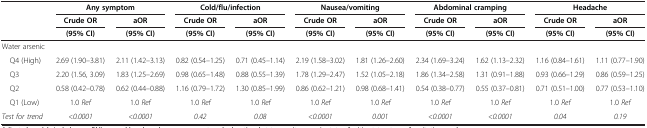
<table><thead><tr><td><b> </b></td><td colspan="2"><b>Any symptom</b></td><td colspan="2"><b>Cold/flu/infection</b></td><td colspan="2"><b>Nausea/vomiting</b></td><td colspan="2"><b>Abdominal cramping</b></td><td colspan="2"><b>Headache</b></td></tr><tr><td rowspan="2"><b> </b></td><td><b>Crude OR</b></td><td><b>aOR</b></td><td><b>Crude OR</b></td><td><b>aOR</b></td><td><b>Crude OR</b></td><td><b>aOR</b></td><td><b>Crude OR</b></td><td><b>aOR</b></td><td><b>Crude OR</b></td><td><b>aOR</b></td></tr><tr><td><b>(95% CI)</b></td><td><b>(95% CI)</b></td><td><b>(95% CI)</b></td><td><b>(95% CI)</b></td><td><b>(95% CI)</b></td><td><b>(95% CI)</b></td><td><b>(95% CI)</b></td><td><b>(95% CI)</b></td><td><b>(95% CI)</b></td><td><b>(95% CI)</b></td></tr></thead><tbody><tr><td>Water arsenic</td><td> </td><td> </td><td> </td><td> </td><td> </td><td> </td><td> </td><td> </td><td> </td><td> </td></tr><tr><td> Q4 (High)</td><td>2.69 (1.90–3.81)</td><td>2.11 (1.42–3.13)</td><td>0.82 (0.54–1.25)</td><td>0.71 (0.45–1.14)</td><td>2.19 (1.58–3.02)</td><td>1.81 (1.26–2.60)</td><td>2.34 (1.69–3.24)</td><td>1.62 (1.13–2.32)</td><td>1.16 (0.84–1.61)</td><td>1.11 (0.77–1.90)</td></tr><tr><td> Q3</td><td>2.20 (1.56, 3.09)</td><td>1.83 (1.25–2.69)</td><td>0.98 (0.65–1.48)</td><td>0.88 (0.55–1.39)</td><td>1.78 (1.29–2.47)</td><td>1.52 (1.05–2.18)</td><td>1.86 (1.34–2.58)</td><td>1.31 (0.91–1.88)</td><td>0.93 (0.66–1.29)</td><td>0.86 (0.59–1.25)</td></tr><tr><td> Q2</td><td>0.58 (0.42–0.78)</td><td>0.62 (0.44–0.88)</td><td>1.16 (0.79–1.72)</td><td>1.30 (0.85–1.99)</td><td>0.86 (0.62–1.21)</td><td>0.98 (0.68–1.41)</td><td>0.54 (0.38–0.77)</td><td>0.55 (0.37–0.81)</td><td>0.71 (0.51–1.00)</td><td>0.77 (0.53–1.10)</td></tr><tr><td> Q1 (Low)</td><td>1.0 <i>Ref</i></td><td>1.0 <i>Ref</i></td><td>1.0 <i>Ref</i></td><td>1.0 <i>Ref</i></td><td>1.0 <i>Ref</i></td><td>1.0 <i>Ref</i></td><td>1.0 <i>Ref</i></td><td>1.0 <i>Ref</i></td><td>1.0 <i>Ref</i></td><td>1.0 <i>Ref</i></td></tr><tr><td><i>Test for trend</i></td><td><i>&lt;0.0001</i></td><td><i>&lt;0.0001</i></td><td><i>0.42</i></td><td><i>0.08</i></td><td><i>&lt;0.0001</i></td><td><i>0.001</i></td><td><i>&lt;0.0001</i></td><td><i>&lt;0.0001</i></td><td><i>0.04</i></td><td><i>0.19</i></td></tr></tbody></table>